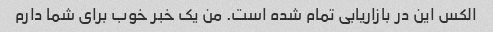
الکس این در بازاریابی تمام شده است. من یک خبر خوب برای شما دارم